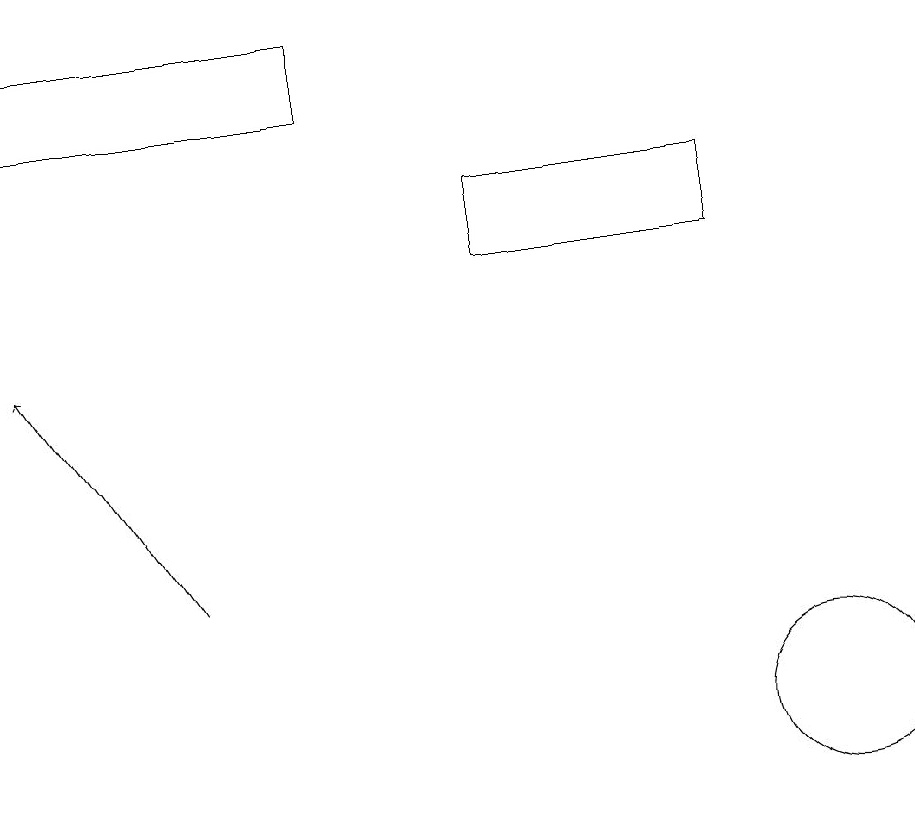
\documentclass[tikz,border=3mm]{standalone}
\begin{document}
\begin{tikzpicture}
\draw (10,10) circle (1);
\draw (4,19) rectangle (0,18);
\draw (9,17) rectangle (6,16);
\draw[->] (2,12) -- (0,15);
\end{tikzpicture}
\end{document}